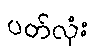
ပတ်လုံး